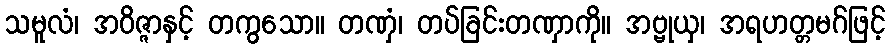
သမူလံ၊ အဝိဇ္ဇာနှင့် တကွသော။ တဏှံ၊ တပ်ခြင်းတဏှာကို။ အဗ္ဗုယှ၊ အရဟတ္တမဂ်ဖြင့်